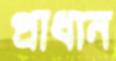
প্রাধান